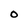
Character: O